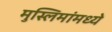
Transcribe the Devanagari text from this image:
मुस्लिमांमध्ये